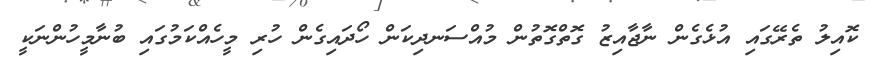
ކޮއިލު ތެރޭގައި އުޅެގެން ނާޖާއިޒު ގޮތްގޮތުން މުއްސަނދިކަން ހޯދައިގެން ހުރި މީހެއްކަމުގައި ބުނާމީހުންނަކީ